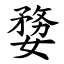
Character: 㜈